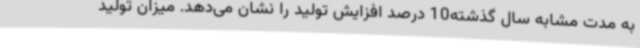
به مدت مشابه سال گذشته10 درصد افزایش تولید را نشان می‌دهد. میزان تولید